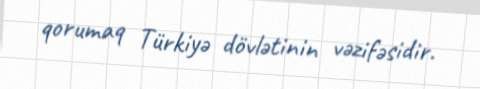
qorumaq Türkiyə dövlətinin vəzifəsidir.